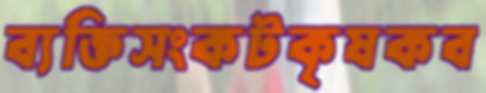
ব্যক্তিসংকটকৃষকব